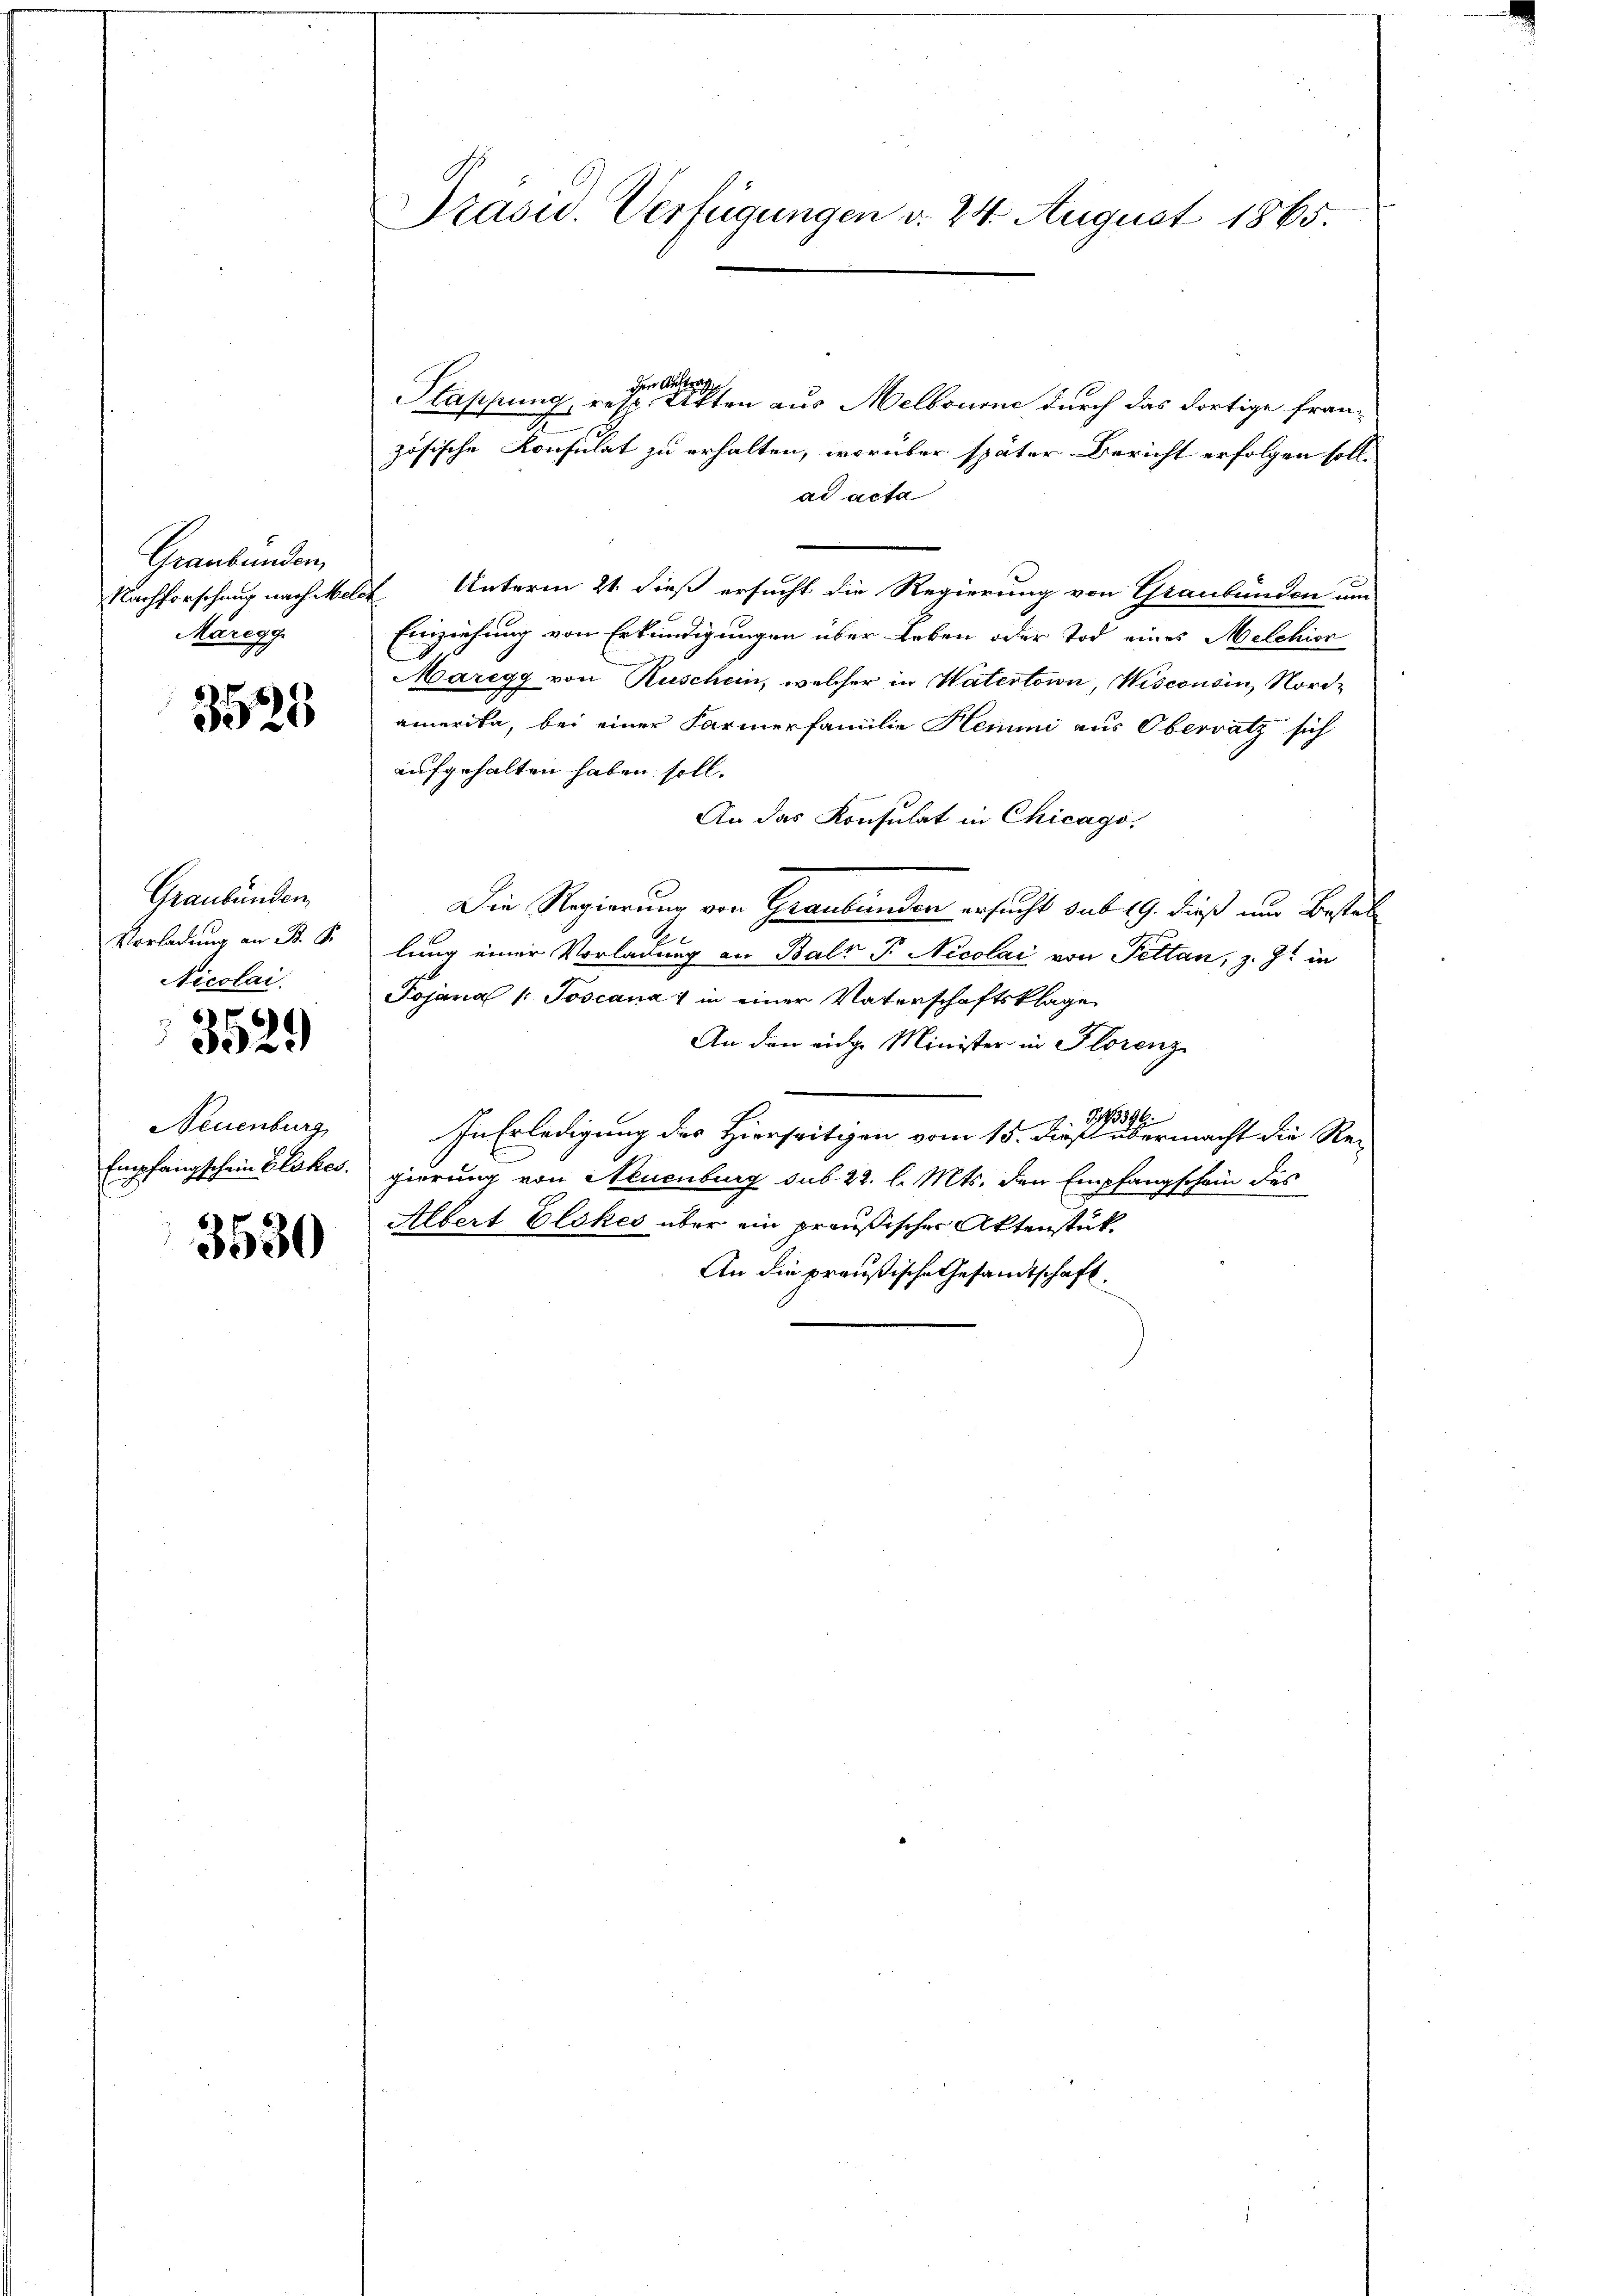
Graubünden,
Nachforschung nach Melc
Maregg

3523

Graubünden
Vorladung an B. S.
Nicolai.

352.)

Neuenburg
Empfangschein Plakes.

3530

Präsid. Verfügungen d. 24. August 1865.

den Auftrag
Happung, resp. Akten aus Melbourne durch das dortige frans
zösische Konsulat zu erhalten, worüber später Bericht erfolgen soll.
ad acta
 Unterm 21. dieß ersucht die Regierung von Graubünden um
Einziehung von Erkundigungen über Leben oder Tod eines Melchior
Maregg von Ruschein, welcher in Watertoin, Wisconsin, Nordamerika, bei einer Farmerfamilie Hemmni aus Obersatz sich
aufgehalten haben soll.
An das Konsulat in Chicago,
Die Regierung von Graubünden ersucht sub 19. dieß und Bestellung einer Vorladung an Balz P. Nicolai von Pettan, z. Z. in
Pojana /: Joscana v in einer Vaterschaftsklage
An den eige Minister in Florenz
G173396.
In Erledigung des Hierseitgen vom 15. daß übermacht die Re-
pierung von Neuenburg sub. 22. l. Mts. den Empfangschein des
Albert Elokes über ein preußischer Aktenstük¬
An die preußische Gesandtschaft.